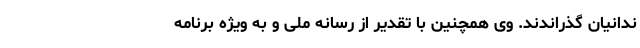
ندانیان گذراندند. وی همچنین با تقدیر از رسانه ملی و به ویژه برنامه